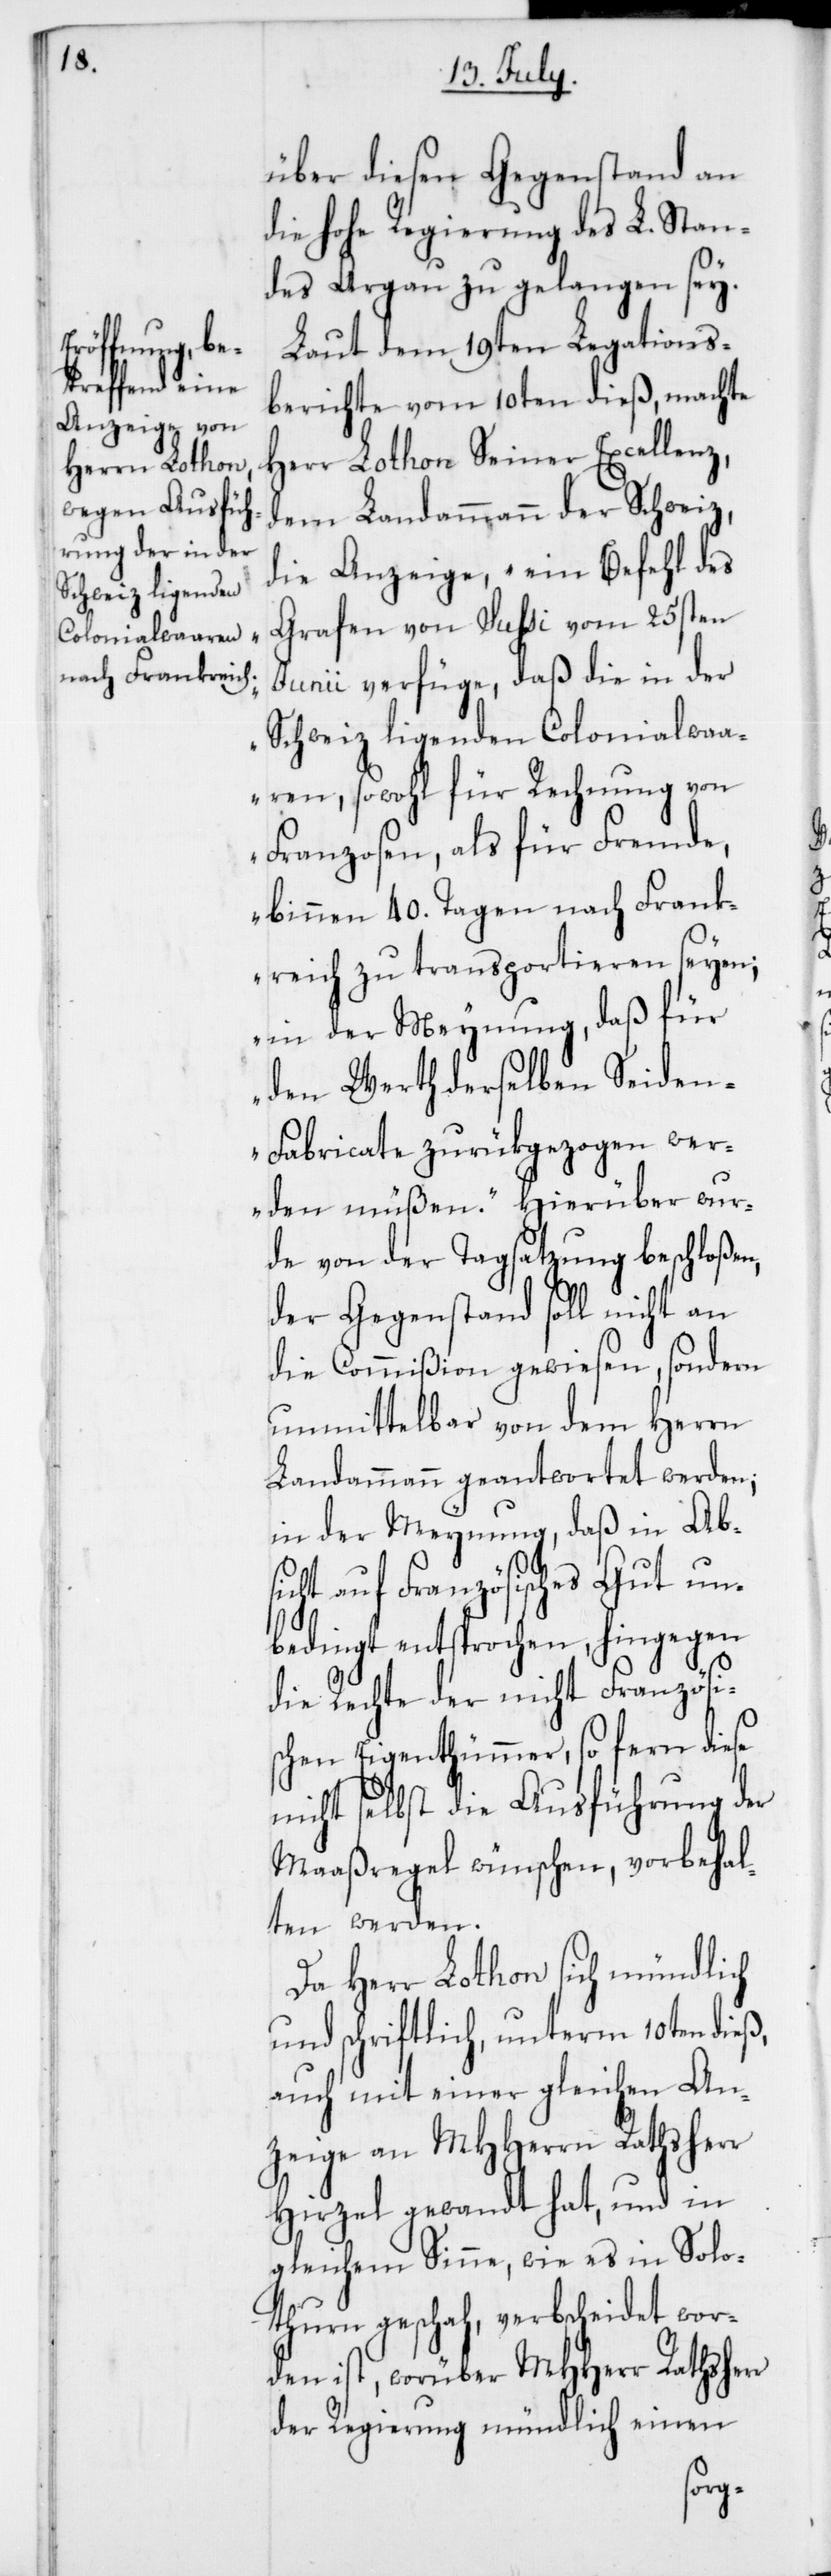
über diesen Gegenstand an
die hohe Regierung des L. Stan¬
des Aargau zu gelangen sey.
Laut dem 19ten Legations¬
berichte vom 10ten dieß, machte
Herr Lothon Seiner Excellenz,
dem Landammann der Schweiz,
die Anzeige, „Ein Befehl des
Grafen von Sußi vom 25sten
Junii verfüge, daß die in der
Schweiz ligenden Colonialwaa¬
ren, sowohl für Rechnung von
Franzosen, als für Fremde,
binnen 40. Tagen nach Frank¬
reich zu transportieren seyen;
in der Meynung, daß für
den Werth derselben Seiden-F¬
abricate zurückgezogen wer¬
den müßen.“ Hierüber wur¬
de von der Tagsatzung beschloßen,
c!]
der Gegenstand soll nicht an
die Commißion gewiesen, sondern
unmittelbar von dem Herrn
Landammann geantwortet werden;
in der Meynung, daß in Ab¬
sicht auf Französisches Gut un¬
bedingt entsprochen, hingegen
die Rechte der nicht Französi¬
schen Eigenthümer, so fern diese
nicht selbst die Ausführung der
Maaßregel wünschen, vorbehal¬
ten werden.
Da Herr Lothon sich mündlich
und schriftlich unterm 10ten dieß,
auch mit einer gleichen An¬
zeige an MHHerrn Rathsherr
Hirzel gewandt hat, und in
gleichem Sinne, wie es in Solo¬
thurn geschah, verbscheidet [si¬
den ist, worüber MHHerr Rathsherr
der Regierung mündlich einen
wor¬